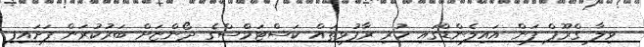
ވިލާ ގްރޫޕް ފަން އައިލެންޑްގައި ހުރި ރާފުޅިތައް ކަސްޓަމްސްގެ ދޯންޏަށް ބަރުކުރަން ފަށައިފި